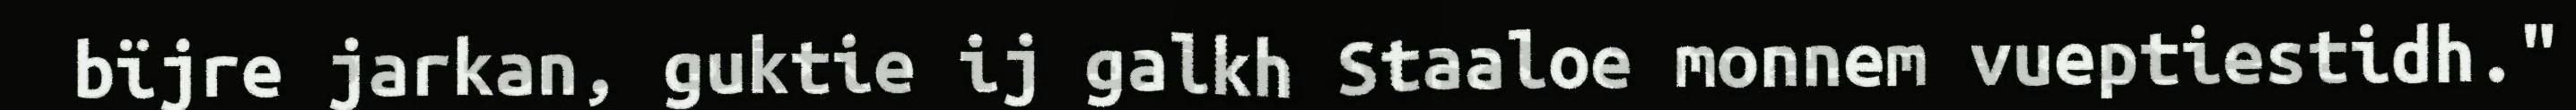
bïjre jarkan, guktie ij galkh Staaloe monnem vueptiestidh."